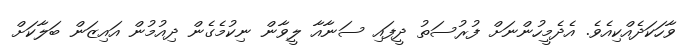
ވާހަކަދެއްކިއެވެ. އެދެމީހުންނަށް ފުރުސަތު ދީފައި ސަނާއާ ލީވާން ނިކުމެގެން ދިއުމުން އައިޒަން ބަލާކަށް